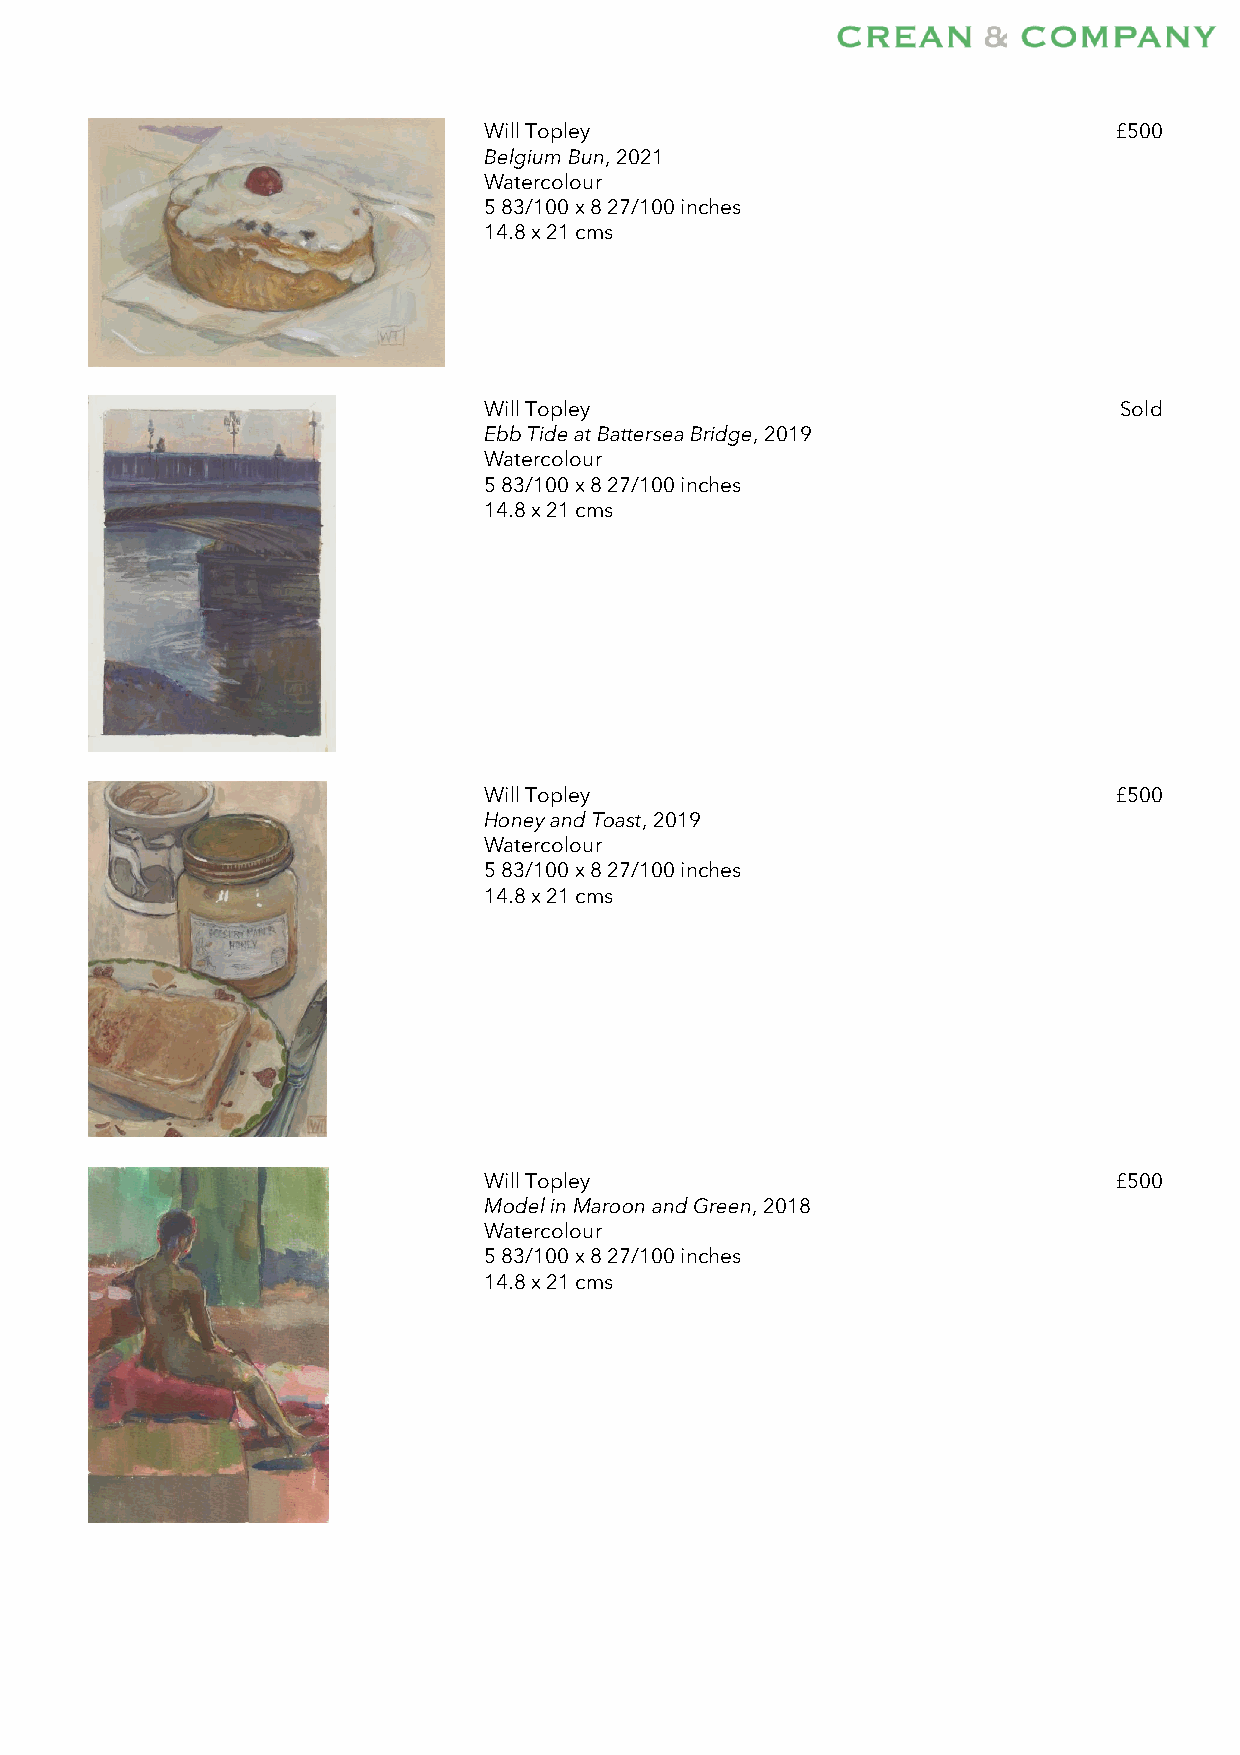
Will Topley                               £500
 Belgium Bun, 2021
 Watercolour
 5 83/100 x 8 27/100 inches
 14.8 x 21 cms
 Will Topley                               Sold
 Ebb Tide at Battersea Bridge, 2019
 Watercolour
 5 83/100 x 8 27/100 inches
 14.8 x 21 cms
 Will Topley                               £500
 Honey and Toast, 2019
 Watercolour
 5 83/100 x 8 27/100 inches
 14.8 x 21 cms
 Will Topley                               £500
 Model in Maroon and Green, 2018
 Watercolour
 5 83/100 x 8 27/100 inches
 14.8 x 21 cms